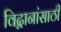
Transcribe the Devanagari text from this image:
विद्वानांसाठी